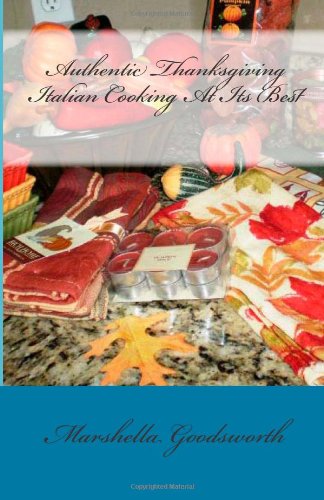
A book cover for Authentic Thanksgiving Italian Cooking At Its Best; Marshella Goodsworth; Cookbooks, Food & Wine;